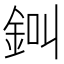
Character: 𨦀